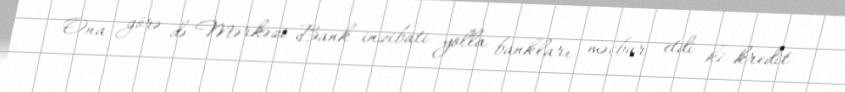
Ona görə də Mərkəzi Bank inzibati yolla bankları məcbur etdi ki kredit